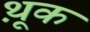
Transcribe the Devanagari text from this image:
थ़ूक